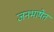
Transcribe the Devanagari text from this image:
जनभाषेत